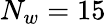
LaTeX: N_{w}=15